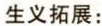
生义拓展: